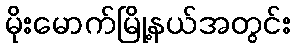
မိုးမောက်မြို့နယ်အတွင်း